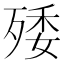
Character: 𣨙